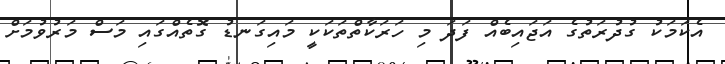
އެކަމަކު ގުދުރަތުގެ އަޖައިބެއް ފަދަ މި ހަރަކާތްތަކަކީ މައިގަނޑު ގޮތެއްގައި މަސް މަރުވުމަށް